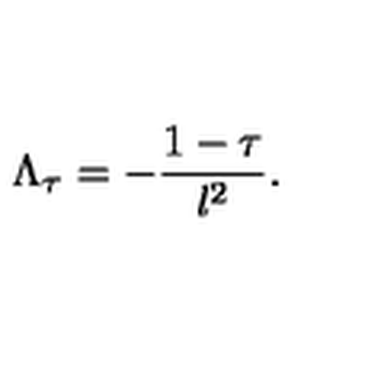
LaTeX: \Lambda _ { \tau } = - { \frac { 1 - \tau } { l ^ { 2 } } } .